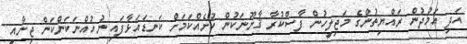
އަދި އަމުދުން ރައްޔިތުންގެ މަޖިލީހުން ފާސްކުރާ ޤާނޫނަކުން ކުށެއްކަމަށް ކަނޑައަޅާފައި ނުހުއްނަކަންކަން ޖިނާއީ